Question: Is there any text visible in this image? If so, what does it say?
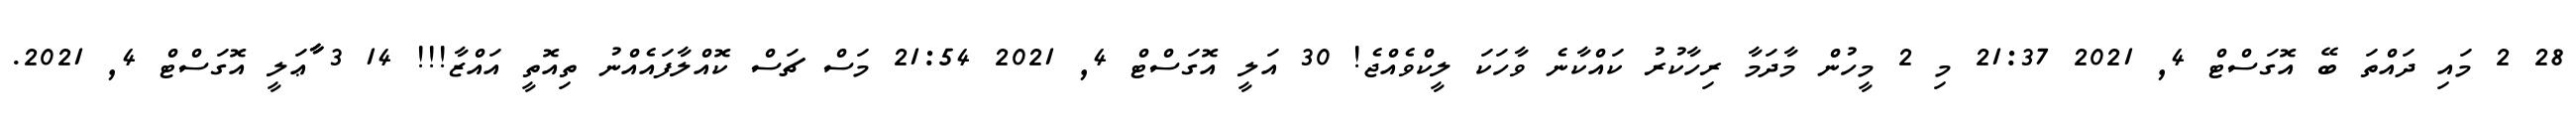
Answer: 28 2 މައި ދައްތަ ބޭ އޮގަސްޓް 4, 2021 21:37 މި 2 މީހުން މާދަމާ ރިހާކުރު ކައްކާނެ ވާހަކަ ލީކްވެއްޖެ! 30 އަލީ އޮގަސްޓް 4, 2021 21:54 މަސް ޗަސް ކޮއްލާފައެއްނު ތިއޮތީ އައްޒާ!!! 14 3 ާާާޢަލީ އޮގަސްޓް 4, 2021.